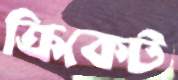
ক্রিকেট